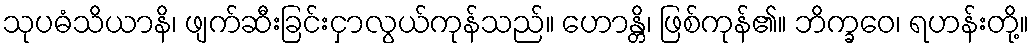
သုပဓံသိယာနိ၊ ဖျက်ဆီးခြင်းငှာလွယ်ကုန်သည်။ ဟောန္တိ၊ ဖြစ်ကုန်၏။ ဘိက္ခဝေ၊ ရဟန်းတို့။